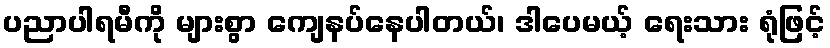
ပညာပါရမီကို များစွာ ကျေနပ်နေပါတယ်၊ ဒါပေမယ့် ရေးသား ရုံဖြင့်